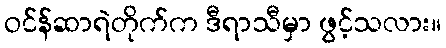
ဝင်န်ဆာရဲတိုက်က ဒီရာသီမှာ ဖွင့်သလား။